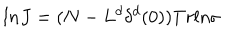
LaTeX: l n J = ( N - L ^ { d } \delta ^ { d } ( 0 ) ) T r l n \sigma